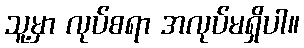
သူ့မှာ လုပ်စရာ အလုပ်မရှိပါ။